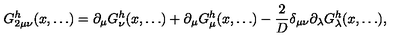
G _ { 2 \mu \nu } ^ { h } ( x , \ldots ) = \partial _ { \mu } G _ { \nu } ^ { h } ( x , \ldots ) + \partial _ { \mu } G _ { \mu } ^ { h } ( x , \ldots ) - \frac { 2 } { D } \delta _ { \mu \nu } \partial _ { \lambda } G _ { \lambda } ^ { h } ( x , \ldots ) ,